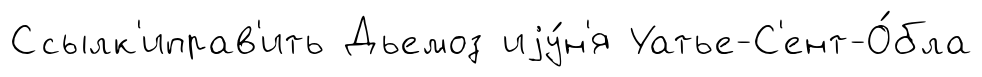
Ссылк'иправ'ить Дьемоз иjу́н'я Уатье-С'ент-О́бла